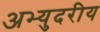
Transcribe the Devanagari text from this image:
अभ्युदरीय